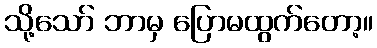
သို့သော် ဘာမှ ပြောမထွက်တော့။